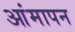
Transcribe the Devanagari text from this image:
आंमापन